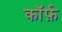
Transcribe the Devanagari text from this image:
कॉर्फ़